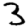
Digit: 3